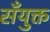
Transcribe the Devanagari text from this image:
सँयुक्त